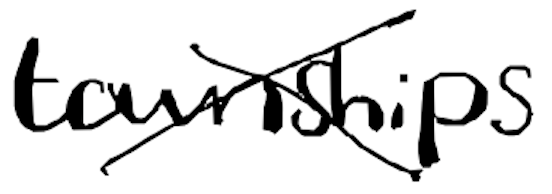
Text: townships
Cross-out: cross
Writing tool: digital_black